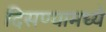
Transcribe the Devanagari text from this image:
दिसण्यामध्ये